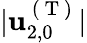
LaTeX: \vert\mathbf{u}_{2,0}^{\mathrm{~(~T~)~}}\vert